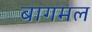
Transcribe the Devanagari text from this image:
बागमल